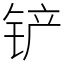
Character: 铲